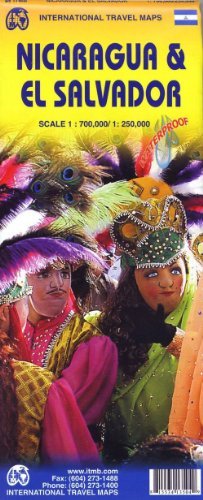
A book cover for Nicaragua Travel Map; Treaty Oak; Travel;